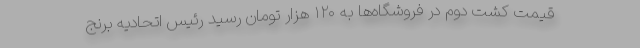
قیمت کشت دوم در فروشگاه‌ها به ۱۲۰ هزار تومان رسید رئیس اتحادیه برنج